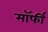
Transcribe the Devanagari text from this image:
मॉर्फी